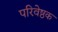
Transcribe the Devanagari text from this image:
परिवेष्ठक